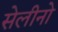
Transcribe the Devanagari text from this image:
सेलीनो